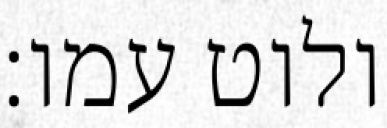
ולוט עמו׃